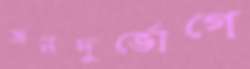
জনদুর্ভোগে